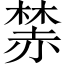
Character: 𧹫